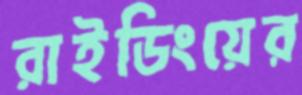
রাইডিংয়ের